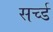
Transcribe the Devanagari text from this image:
सर्च्ड